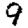
Digit: 9